Annual administration report of the Civil Veterinary Department, Ajmere-Merwara, British Rajputana - 1914-1940
Year: 1914
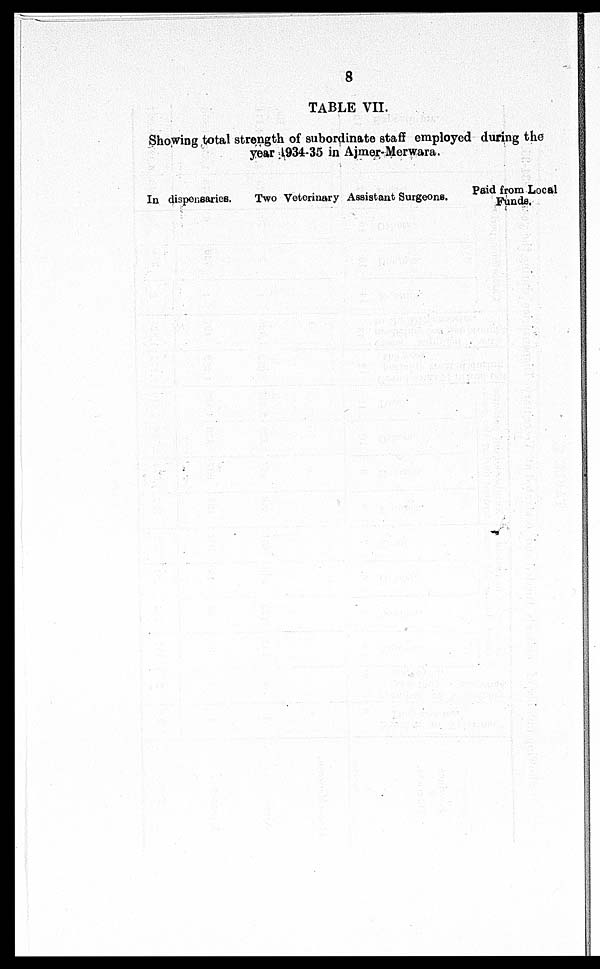
8
TABLE VII.
Showing total strength of subordinate staff employed during the
year 1934-35 in Ajmer-Merwara.
In dispensaries.
Two Veterinary Assistant Surgeons.
Paid from Local
Funds.